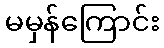
မမှန်ကြောင်း